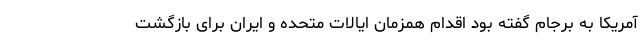
آمریکا به برجام گفته بود اقدام همزمان ایالات متحده و ایران برای بازگشت